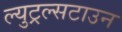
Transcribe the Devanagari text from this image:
ल्युट्रल्सटाउन